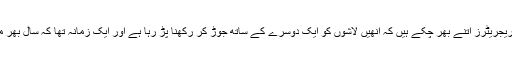
مصراتہ کے مردہ خانے میں حاجی رمضان بتاتے ہیں کہ ’رفیریجریٹرز اتنے بھر چکے ہیں کہ انھیں لاشوں کو ایک دوسرے کے ساتھ جوڑ کر رکھنا پڑ رہا ہے اور ایک زمانہ تھا کہ سال بھر میں صرف تین لاشیں آتی تھیں اب آٹھ ایک ہفتے میں آ جاتی ہیں۔